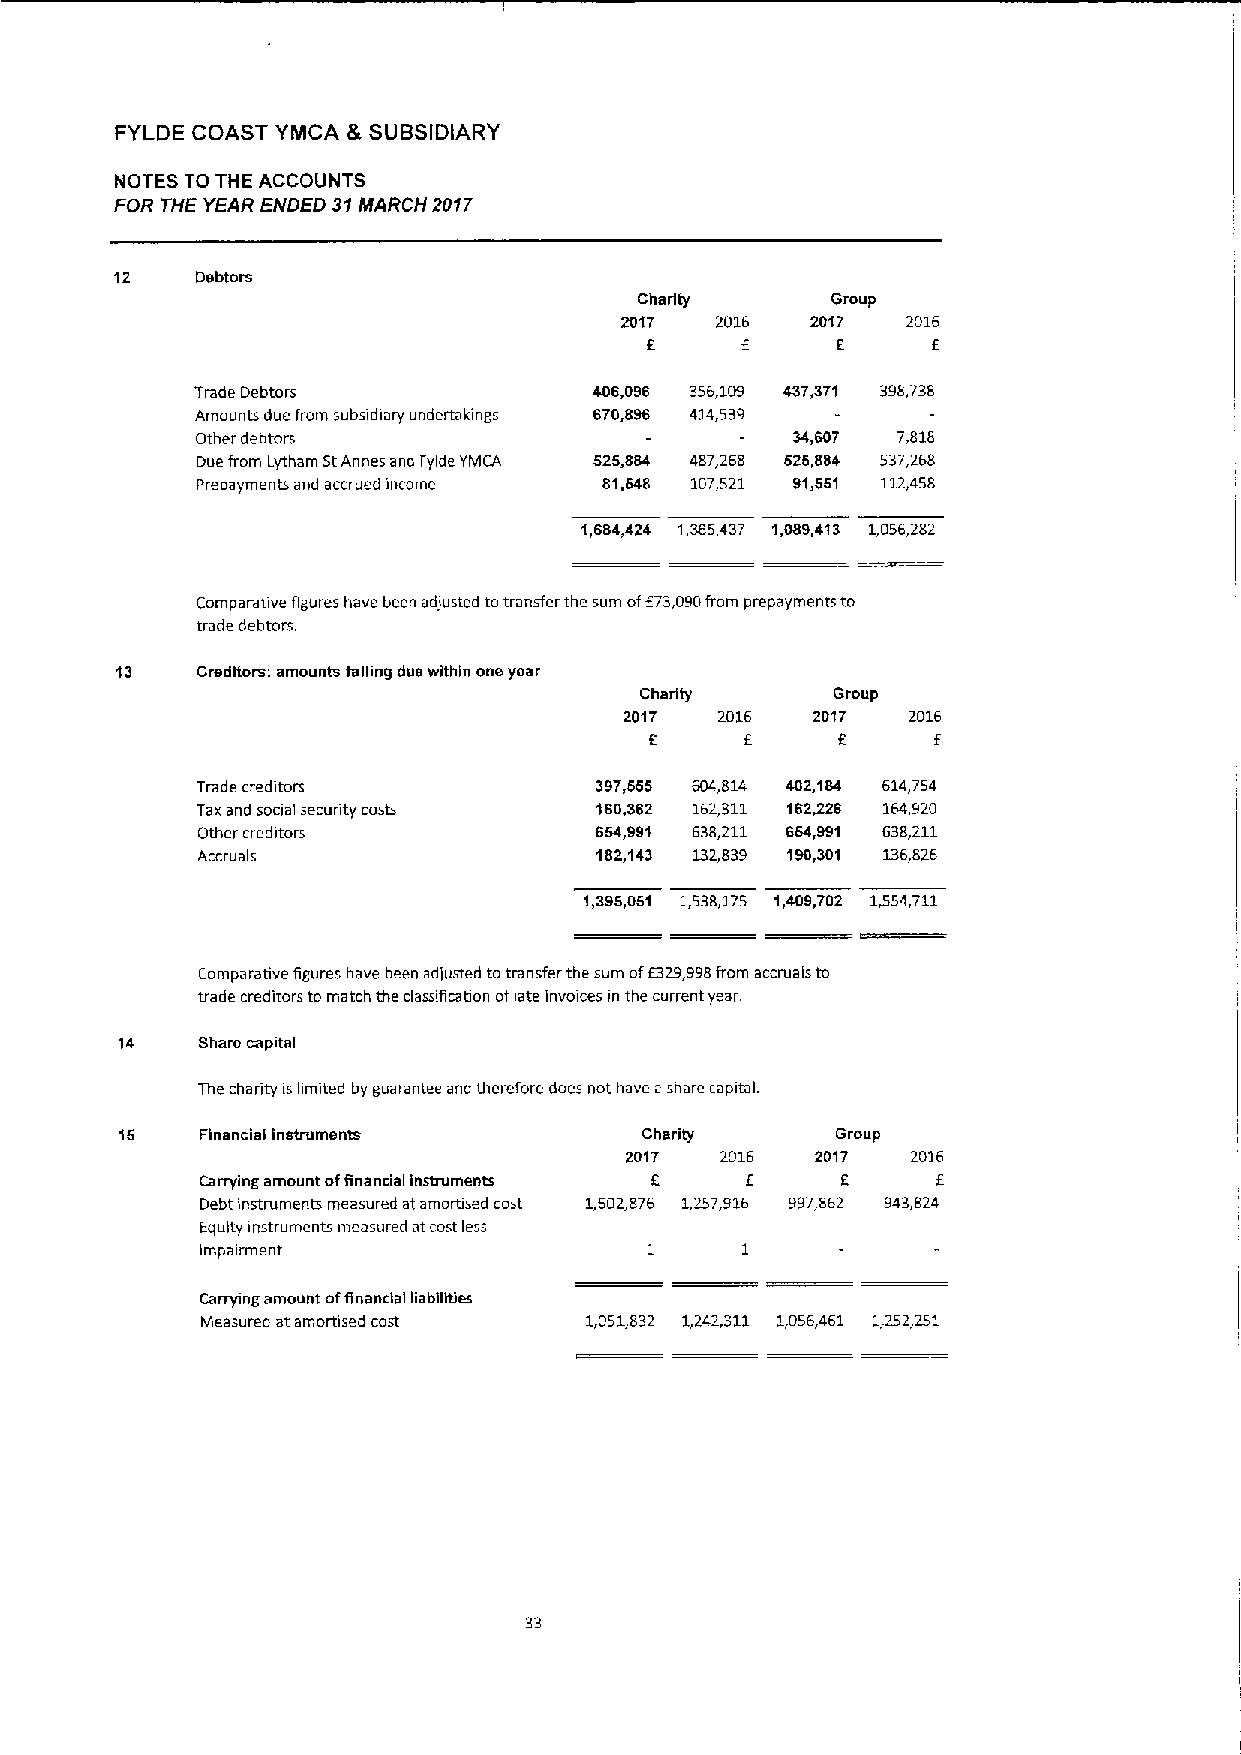
FYLDE COAST YMCA &SUBSIDIARY
 NOTES TO THE ACCOUNTS
 FOR THE YEAR ENDED 31MARCH 2017
 12   Debtors
 Ciadty       Group
 2017  2016   2017  2016
 6     f     E      f
 Trade Debtors             406,096 356,109 437,371 398,738
 Amounts due from subsidiary undertakings 670,896 414,539
 Other debtors                          34,607 7,818
 Due from tytham StAnnes and Fyide YMCA 525,884 487,268 626,884 537,268
 Prepayments and accrued income 81,648 107421 91,551 112,458
 1,684,424 1,365,437 1,089,413 1,056,282
 Comparative figures have been adiusted totransfer the sum of571,090from prepayments to
 trade debtors.
 13   Creditors: amounts falling dua within one year
 Charity      Group
 2017   2016  2017  2016
 f     f            f
 E
 Trade creditors           397,665 604,814 402,184 614,754
 1axand social security costs 160,362 162,311 162426 164,920
 Other creditors           654,991 638,211 664,991 638,211
 Accruals                  182,143 132,839 190,301 136,826
 1,395,051 1,538,175 1,409,702 1454,711
 Comparative figures have been adfusted totransfer the sum ofE329,998from accruais to
 trade creditors to match the classification oflate invoices in the current year.
 14   Share capital
 The charity is hmited by guarantee and therefore does not have ashare capital.
 15   Financial instruments         Charity     Group
 2017   2016  2017  2016
 Carrying amount offinancial instruments E f f.   f
 Debt instruments measured at amortised cost 1,602,876 1,257,916 997,862 943,824
 Equity instruments measured atcost less
 impairment                    1     1
 Carrying amount ofRnancial liabilities
 Measured at amortised cost 1,051,832 1,242,311 1,056,461 1,252,251